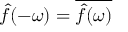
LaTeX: { \hat { f } } ( - \omega ) = { \overline { { { \hat { f } } ( \omega ) } } }